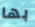
بها